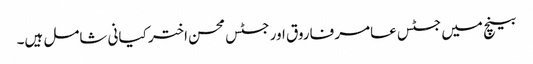
بینچ میں جسٹس عامر فاروق اور جسٹس محسن اختر کیانی شامل ہیں۔